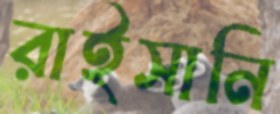
রাইসানি